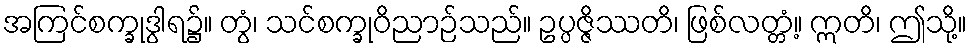
အကြင်စက္ခုဒွါရ၌။ တွံ၊ သင်စက္ခုဝိညာဉ်သည်။ ဥပ္ပဇ္ဇိဿတိ၊ ဖြစ်လတ္တံ့။ ဣတိ၊ ဤသို့။